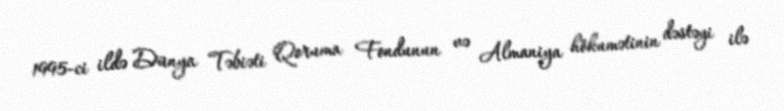
1995-ci ildə Dünya Təbiəti Qoruma Fondunun və Almaniya hökumətinin dəstəyi ilə